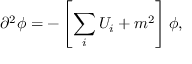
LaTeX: \partial ^ { 2 } \phi = - \left[ \sum _ { i } U _ { i } + m ^ { 2 } \right] \phi ,